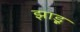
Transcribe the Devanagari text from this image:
झाडू़